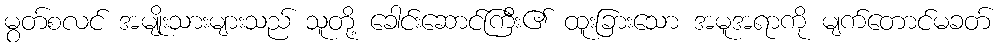
မွတ်စလင် အမျိုးသားများသည် သူတို့ ခေါင်းဆောင်ကြီး၏ ထူးခြားသော အမူအရာကို မျက်တောင်မခတ်